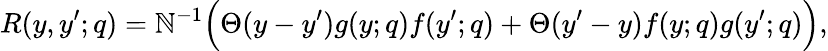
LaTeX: R(y,y^{\prime};q)=\mathbb{N}^{-1}\Big(\Theta(y-y^{\prime})g(y;q)f(y^{\prime};q)+\Theta(y^{\prime}-y)f(y;q)g(y^{\prime};q)\Big),